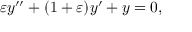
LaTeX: \varepsilon y ^ { \prime \prime } + ( 1 + \varepsilon ) y ^ { \prime } + y = 0 ,